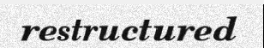
restructured